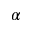
\alpha